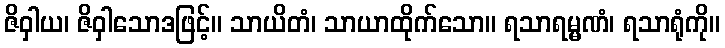
ဇိဝှါယ၊ ဇိဝှါသောဒဖြင့်။ သာယိတံ၊ သာယာထိုက်သော။ ရသာရမ္မဏံ၊ ရသာရုံကို။